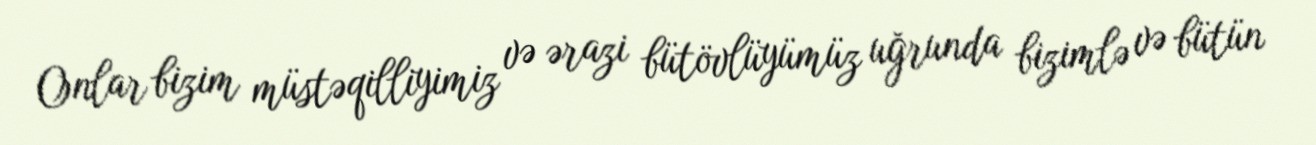
Onlar bizim müstəqilliyimiz və ərazi bütövlüyümüz uğrunda bizimlə və bütün